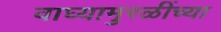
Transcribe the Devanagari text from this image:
वाघ्यामुरळींच्या